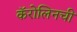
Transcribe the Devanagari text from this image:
कॅरोलिनची